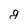
Character: g